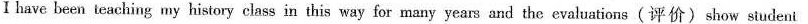
I have been teaching my history class in this way for many years and the evaluations(评价)show siudent